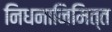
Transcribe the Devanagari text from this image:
निधनानिमित्त